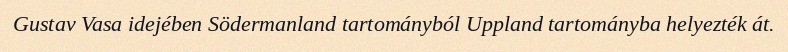
Gustav Vasa idejében Södermanland tartományból Uppland tartományba helyezték át.